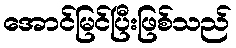
အောင်မြင်ပြီးဖြစ်သည်